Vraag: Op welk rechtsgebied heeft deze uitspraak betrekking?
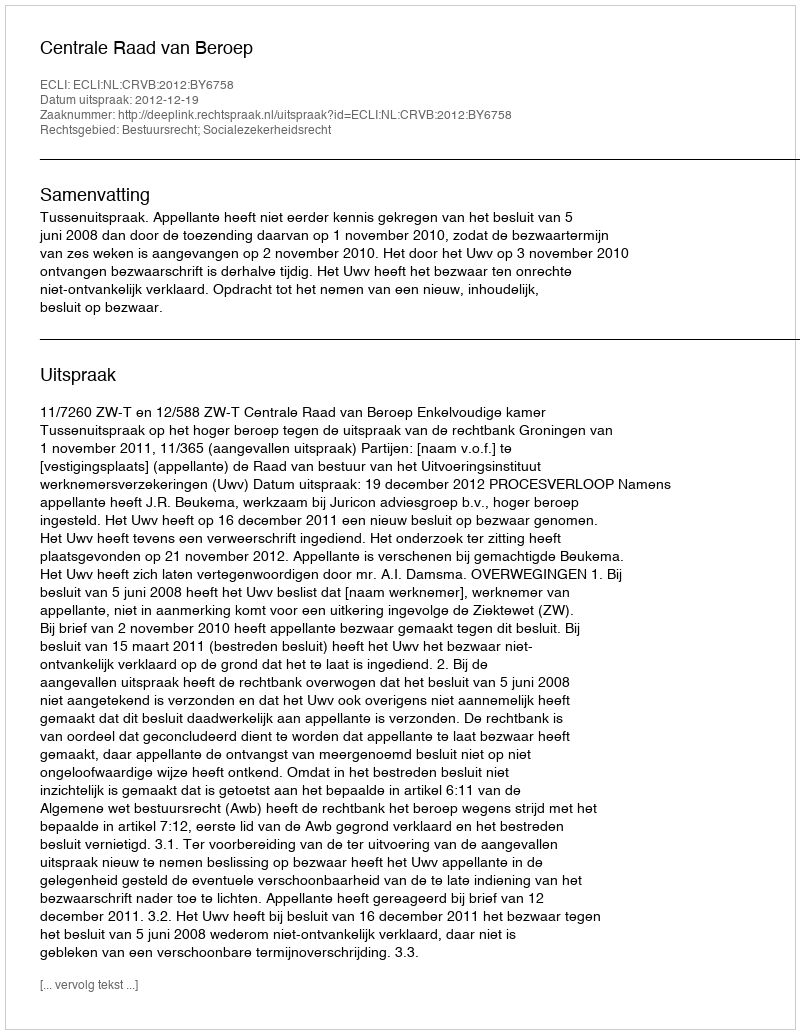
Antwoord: Bestuursrecht; Socialezekerheidsrecht